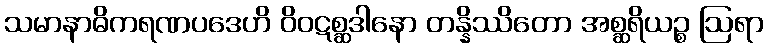
သမာနာဓိကရဏပဒေဟိ ဝိဝဋစ္ဆဒါနော တန္နိဿိတော အစ္ဆရိယဉ္စ ဩရာ